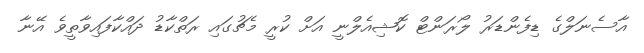
އާސެނަލްގެ ޑިފެންޑަރު ލޯރަންޓް ކޮޝިއެލްނީ އަށް ކުރީ މެޗުގައި ރަތްކާޑު ދައްކާފައިވާތީވެ އޭނާ